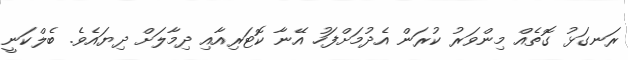
ރަނގަޅު ގޮތެއް މިންވަރު ކުރަން އެދުމަށްފަހު އޭނާ ކޮޓަރިއާއި ދިމާލަށް ދިޔައެވެ. ބެލްކަނީ